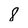
Character: 8